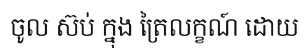
ចូល ស៊ប់ ក្នុង ត្រៃលក្ខណ៍ ដោយ